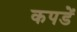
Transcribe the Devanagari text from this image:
कपडें